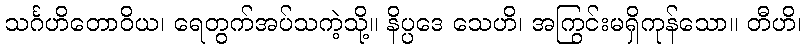
သင်္ဂဟိတောဝိယ၊ ရေတွက်အပ်သကဲ့သို့။ နိပ္ပဒေ သေဟိ၊ အကြွင်းမရှိကုန်သော။ တီဟိ၊